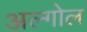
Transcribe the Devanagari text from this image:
अल्गोल